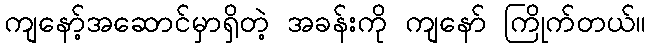
ကျနော့်အဆောင်မှာရှိတဲ့ အခန်းကို ကျနော် ကြိုက်တယ်။